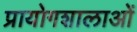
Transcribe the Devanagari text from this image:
प्रायोगशालाओं